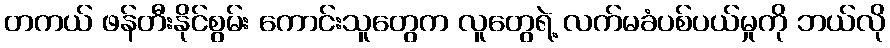
တကယ် ဖန်တီးနိုင်စွမ်း ကောင်းသူတွေက လူတွေရဲ့ လက်မခံပစ်ပယ်မှုကို ဘယ်လို